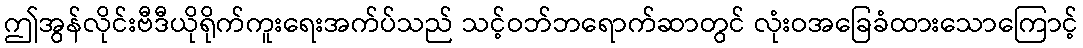
ဤအွန်လိုင်းဗီဒီယိုရိုက်ကူးရေးအက်ပ်သည် သင့်ဝဘ်ဘရောက်ဆာတွင် လုံးဝအခြေခံထားသောကြောင့်